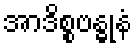
အာဒိစ္စဗန္ဓုနံ